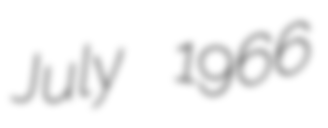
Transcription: July 1966